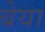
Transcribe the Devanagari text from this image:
बेया